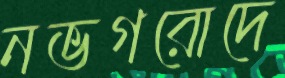
নভগরোদে